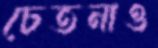
চেতনাও